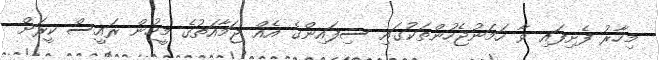
މިހާރު ފެށިފައި ވާ ހަމަނުޖެހުންތަކުގައި ސިފައިންގެ އެއް ޖަމާއަތުގެ މީހުން ރައީސް ކީރަށް